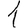
Digit: 1